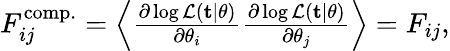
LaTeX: \begin{array}{r}{F_{ij}^{\mathrm{comp.}}=\left<\frac{\partial\log\mathcal{L}(\mathbf{t}|\mathbf{\theta})}{\partial\theta_{i}}\frac{\partial\log\mathcal{L}(\mathbf{t}|\mathbf{\theta})}{\partial\theta_{j}}\right>=F_{ij},}\end{array}